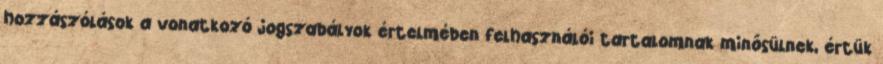
hozzászólások a vonatkozó jogszabályok értelmében felhasználói tartalomnak minősülnek, értük